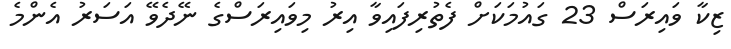
ޒިކާ ވައިރަސް 23 ގައުމަކަށް ފެތުރިފައިވާ އިރު މިވައިރަސްގެ ނޭދެވޭ އަސަރު އެންމެ